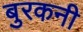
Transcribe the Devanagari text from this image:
बुरकनी